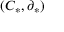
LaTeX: ( C _ { * } , \partial _ { * } )